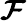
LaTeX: \boldsymbol{\mathcal{F}}